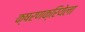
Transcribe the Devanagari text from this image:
क्षरणक्रियेला